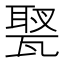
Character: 𤭿